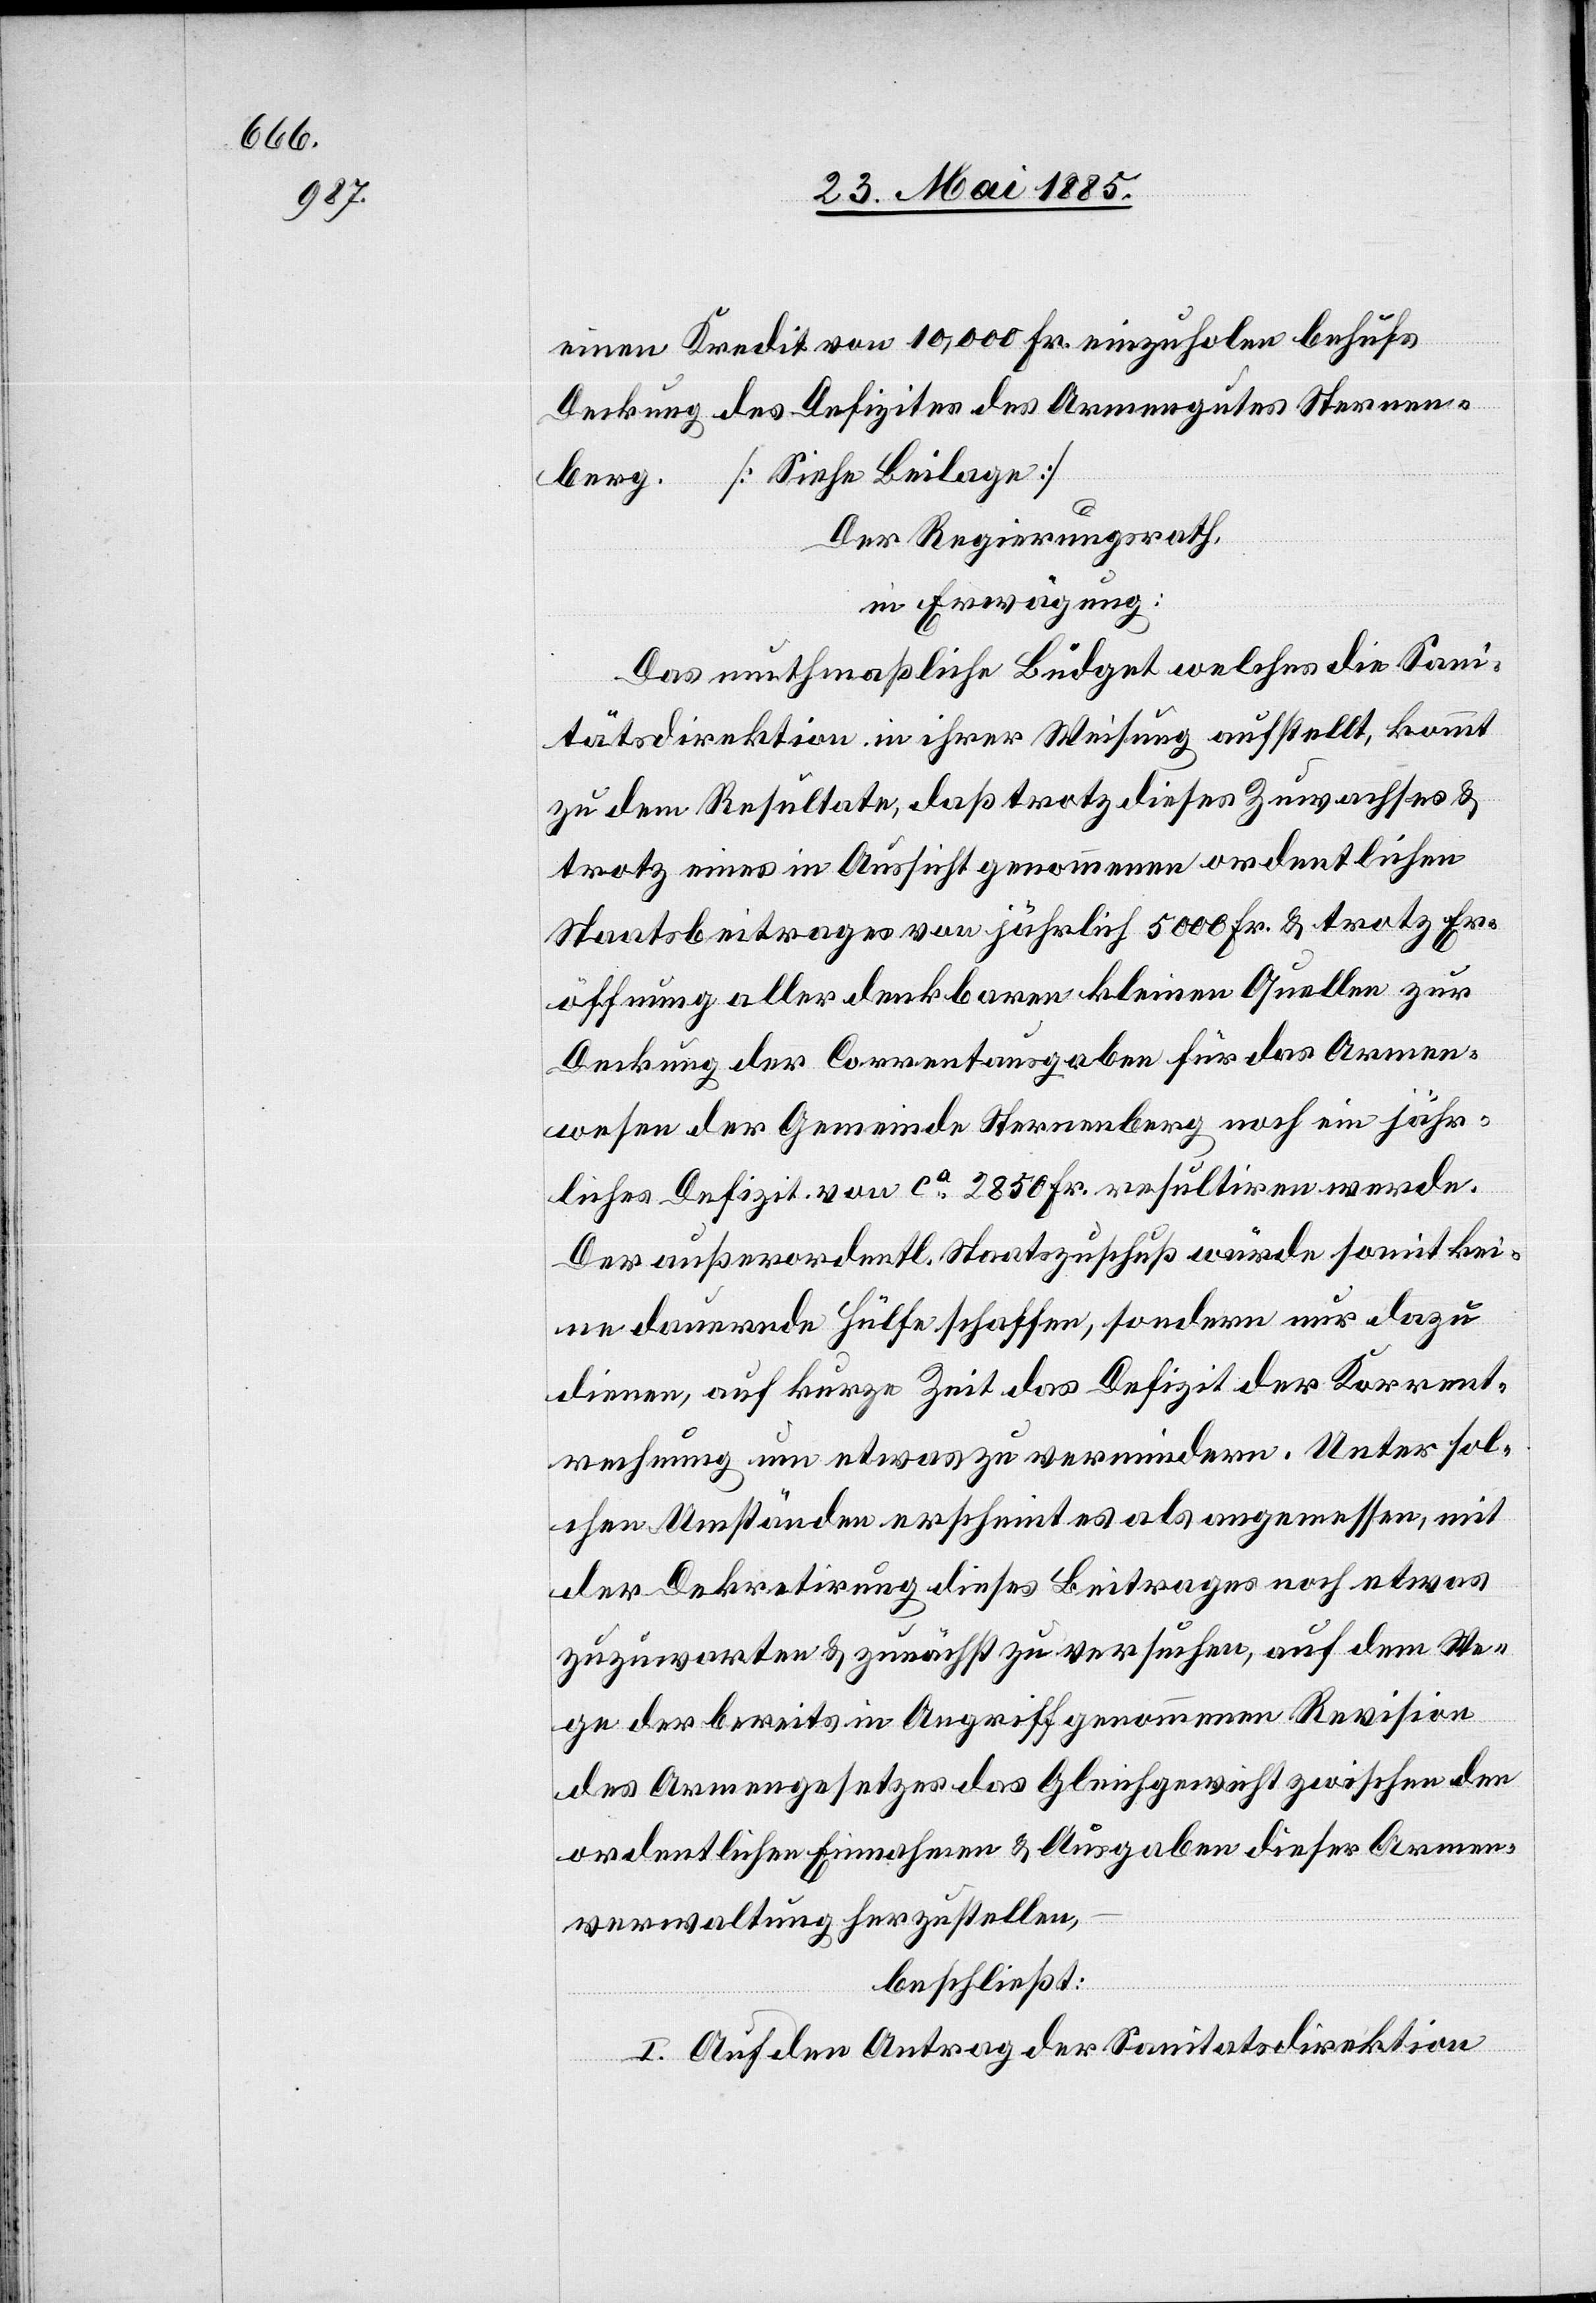
einen Kredit von 10,000 Fr. einzuholen behufs
Deckung des Defizites des Armengutes Sternen¬
berg. [Siehe Beilage].
Der Regierungsrath,
in Erwägung:
Das muthmaßliche Büdget welches die San¬
itätsdirektion in ihrer Weisung aufstellt, kommt
zu dem Resultate, daß trotz dieses Zuwachses &
trotz eines in Aussicht genommenen ordentlichen
Staatsbeitrages von jährlich 5000 Fr. & trotz Er¬
öffnung aller denkbaren kleinen Quellen zur
Deckung der Correntausgaben für das Armen¬
wesen der Gemeinde Sternenberg noch ein jähr¬
liches Defizit von ca 2850 Fr. resultiren werde.
Der außerordentl. Staatszuschuß würde somit kei¬
ne dauernde Hülfe schaffen, sondern nur dazu
dienen, auf kurze Zeit das Defizit der Korrent¬
rechnung um etwas zu vermindern. Unter sol¬
chen Umständen erscheint es als angemessen, mit
der Dekretirung dieses Beitrages noch etwas
zuzuwarten & zunächst zu versuchen auf dem We¬
ge der bereits in Angriff genommenen Revision
des Armengesetzes das Gleichgewicht zwischen den
ordentlichen Einnahmen & Ausgaben dieser Armen¬
verwaltung herzustellen,
beschließt:
I. Auf den Antrag der Sanitätsdirektion